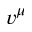
v ^ { \mu }